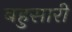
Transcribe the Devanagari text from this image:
बहुसारी